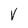
Character: V